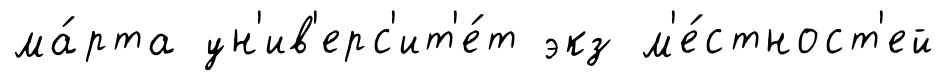
ма́рта ун'ив'ерс'ит'е́т экз м'е́стност'ей